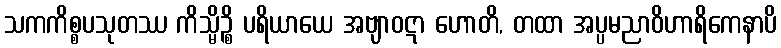
သကကိစ္စပသုတဿ ကိသ္မိဉ္စိ ပရိယာယေ အဗျာဝဋာ ဟောတိ, တထာ အပ္ပမညာဝိဟာရိကေနာပိ